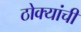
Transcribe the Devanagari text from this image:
ठोक्यांची